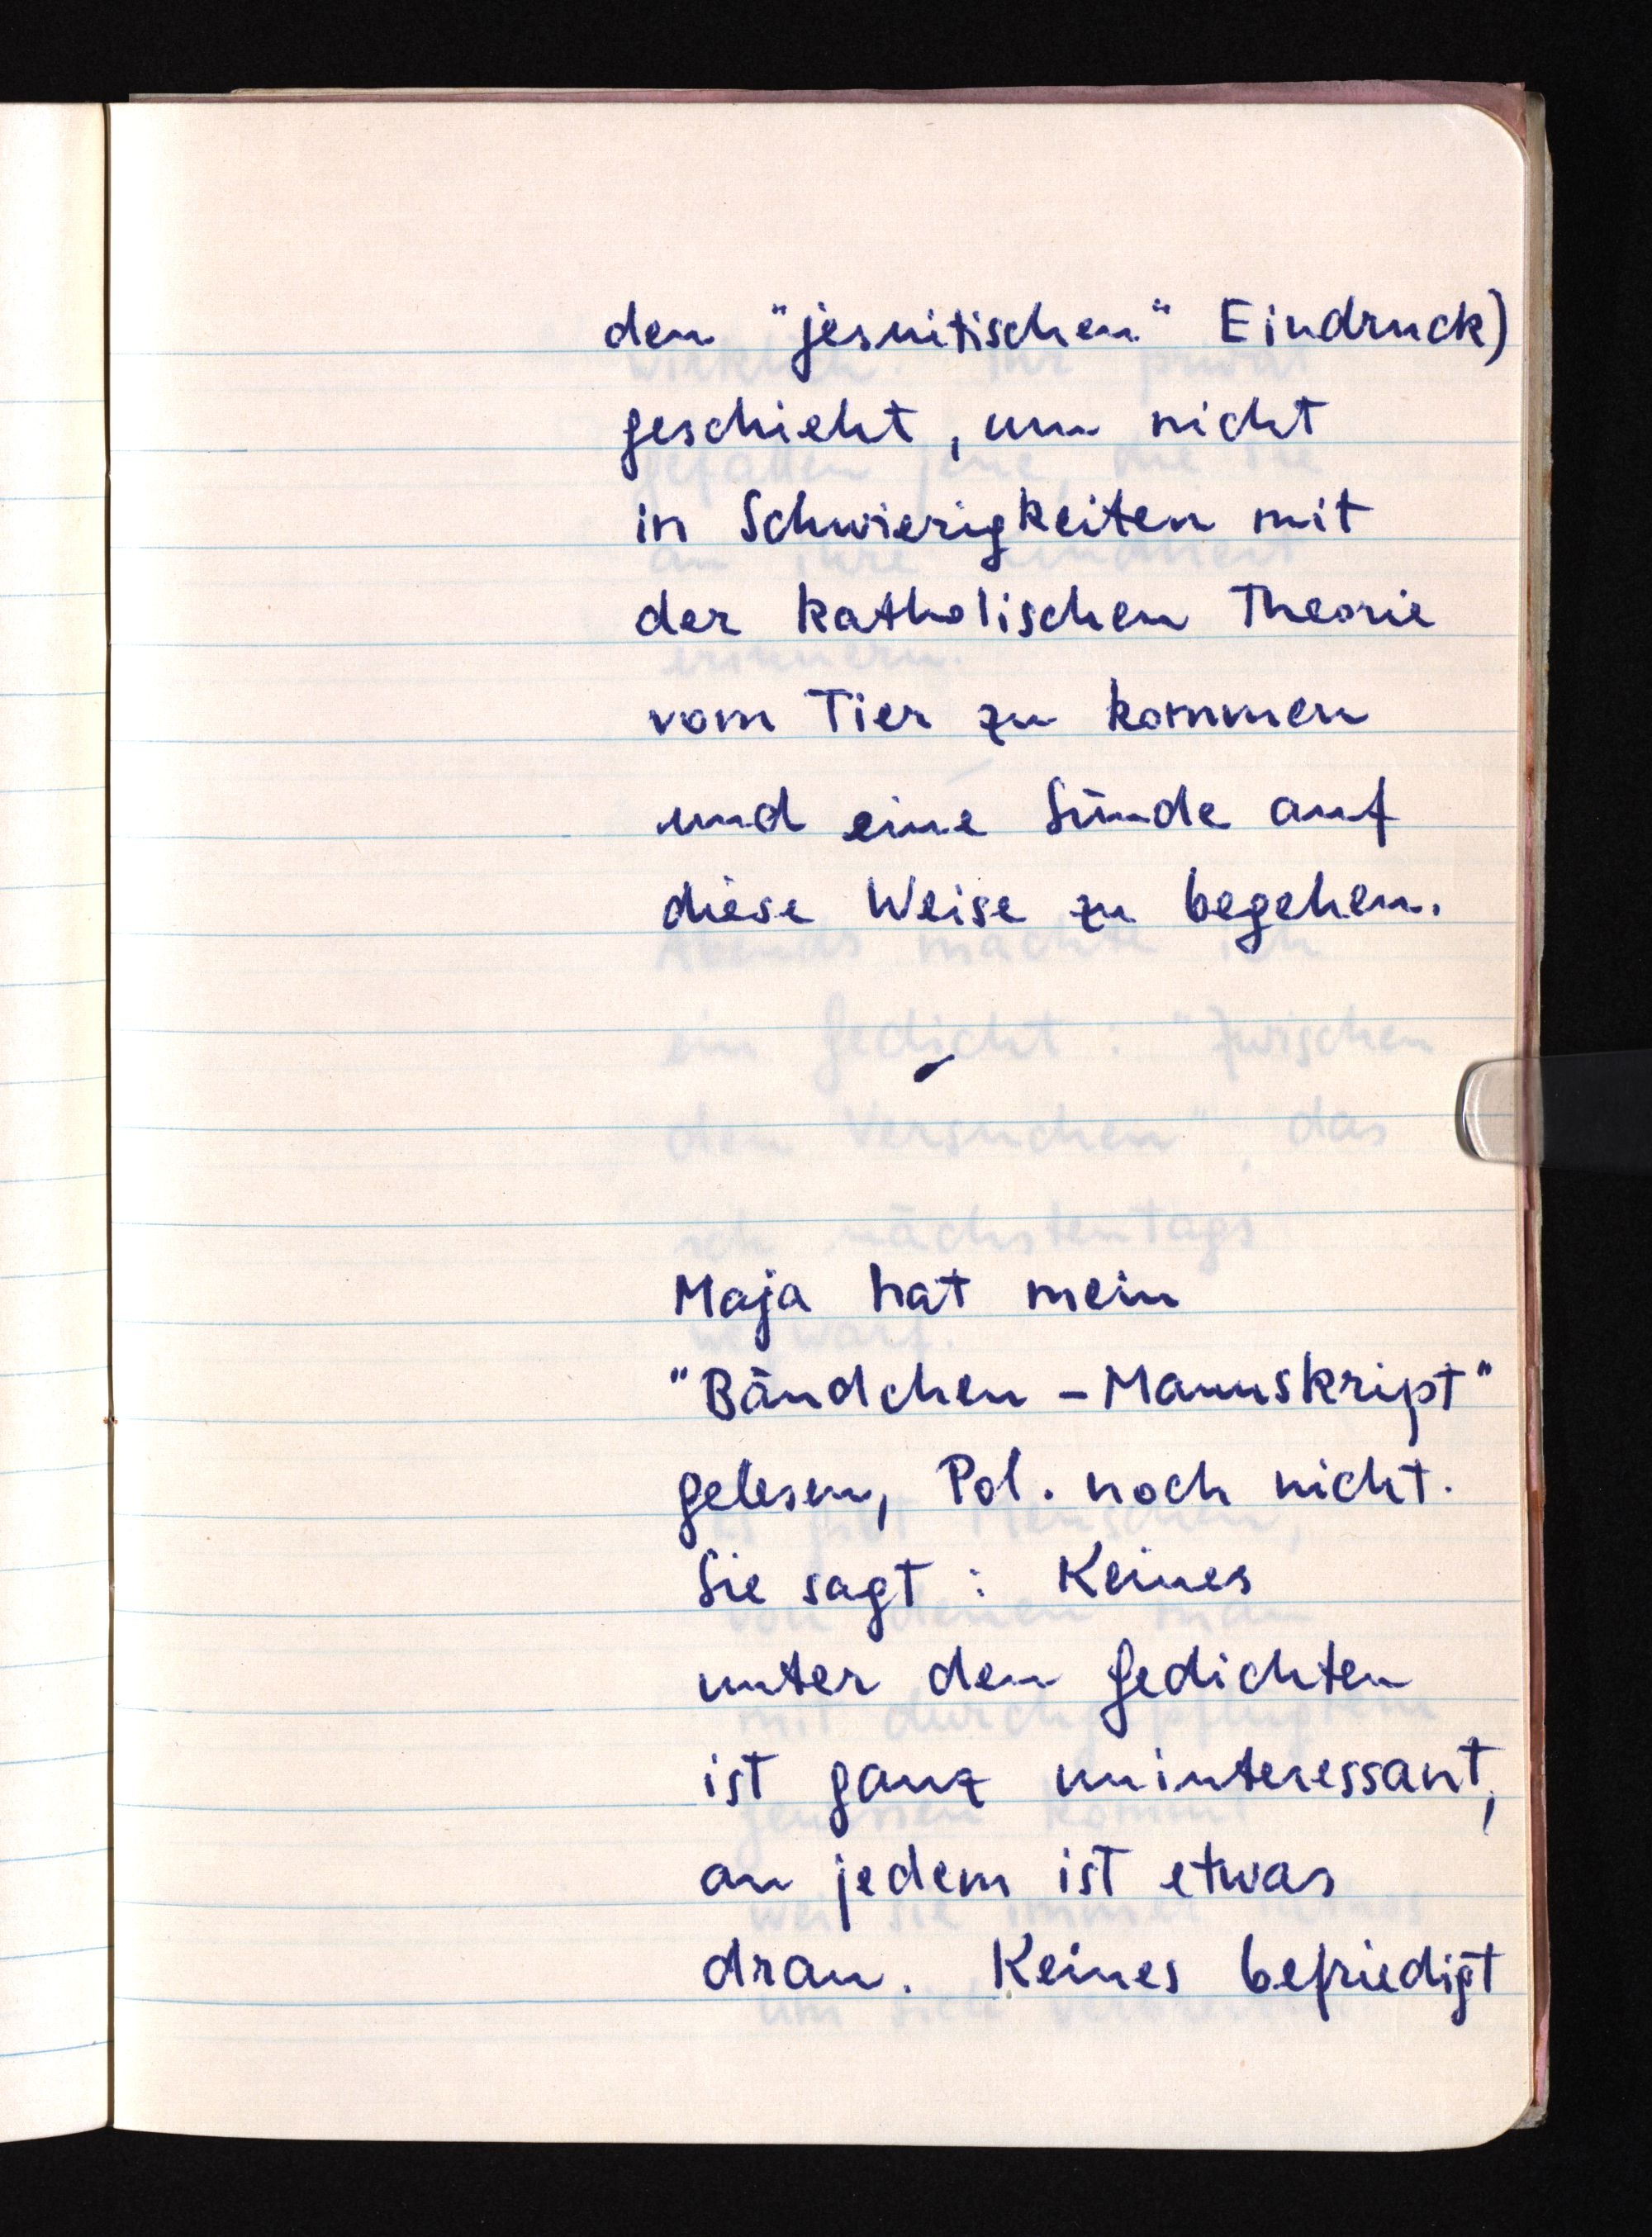
den "jesuitischen" Eindruck)
geschieht, um nicht
in Schwierigkeiten mit
der katholischen Theorie
vom Tier zu kommen
und eine Sünde auf
diese Weise zu begehen.
Maja hat mein
"Bändchen-Manuskript"
gelesen, Pol. noch nicht.
Sie sagt: Keines
unter den Gedichten
ist ganz uninteressant,
an jedem ist etwas
dran. Keines befriedigt